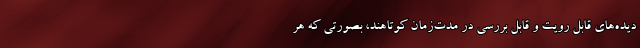
دیده‌های قابل رویت و قابل بررسی در مدت‌زمان کوتاهند، بصورتی که هر